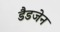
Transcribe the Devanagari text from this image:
डैडजेन